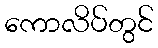
ကောလိပ်တွင်